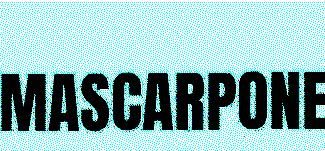
MASCARPONE